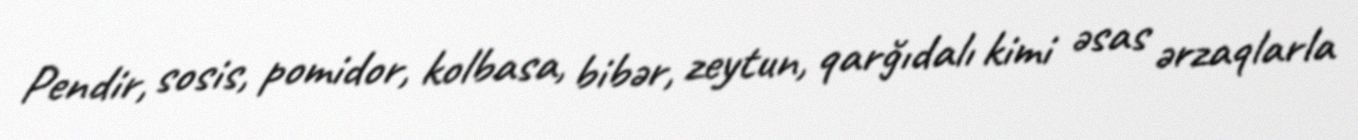
Pendir, sosis, pomidor, kolbasa, bibər, zeytun, qarğıdalı kimi əsas ərzaqlarla